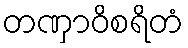
တဏှာဝိစရိတံ